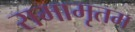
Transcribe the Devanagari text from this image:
रामामृतम